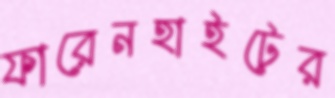
ফারেনহাইটের